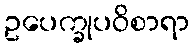
ဥပေက္ခုပဝိစာရာ